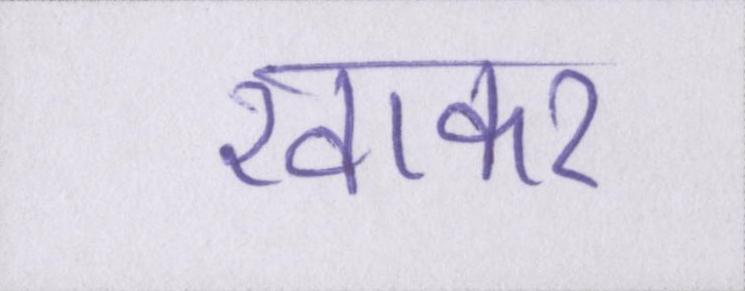
खाकर